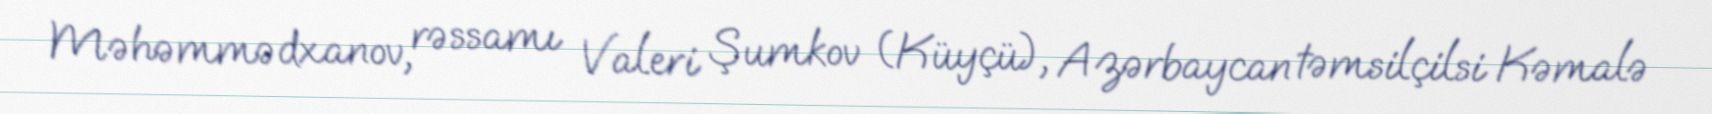
Məhəmmədxanov, rəssamı Valeri Şumkov (Küyçü), Azərbaycan təmsilçilsi Kəmalə